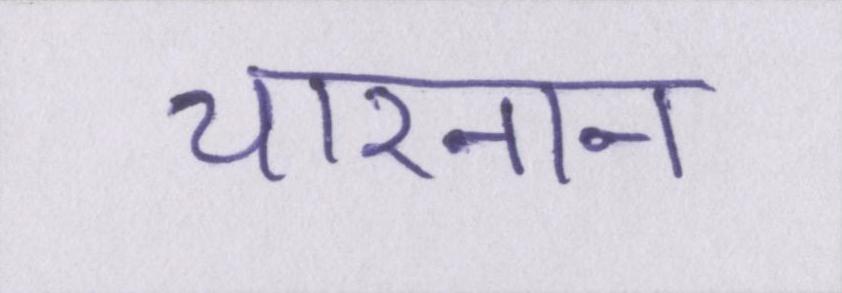
चारनान